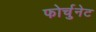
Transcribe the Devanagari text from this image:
फोर्चुनेट